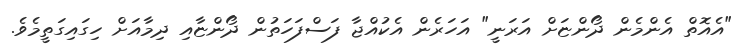
"އެއޮތް އެންމެން ދޯންޏަށް އަރަނީ" އަހަރެން އެކުއްޖާ ފަސްފަހަތުން ދޯންޏާއި ދިމާއަށް ހިގައިގަތީމެވެ.